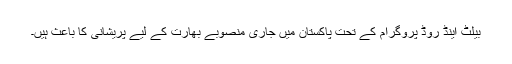
بیلٹ اینڈ روڈ پروگرام کے تحت پاکستان میں جاری منصوبے بھارت کے لیے پریشانی کا باعث ہیں۔